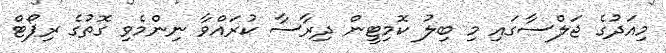
މިއަދުގެ ޖަލްސާގައި މި ބިލު ކޮމިޓީން ދިރާސާ ކުރައްވާ ނިންމެވި ގޮތުގެ ރިޕޯޓް